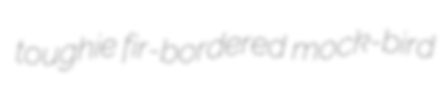
toughie fir-bordered mock-bird